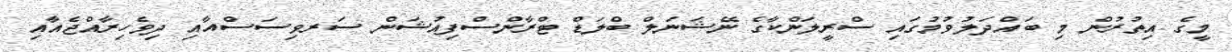
މީގެ އިތުރުން މި ބައްދަލުވުމުގައި ސްރީލަންކާގެ ނޭޝަނަލް ބްލަޑް ޓްރާންސްފިއުޝަން ސަރވިސަސްއާއި ދިވެހިރާއްޖެއާއި